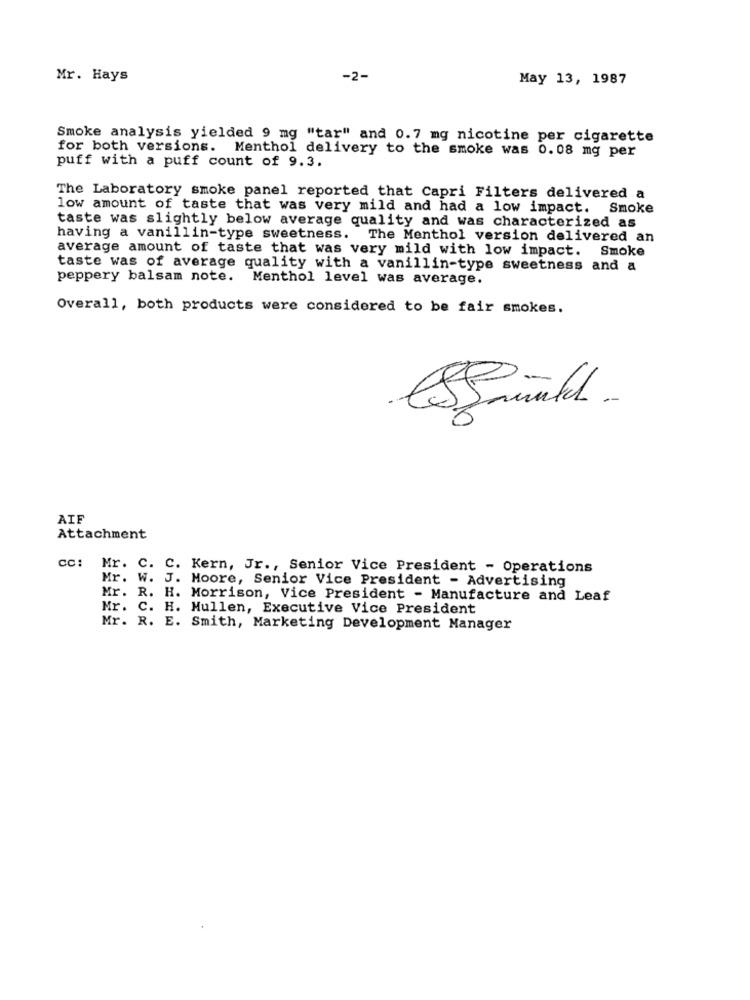
Mr. Hays
-2-
May 13, 1987
Smoke analysis yielded 9 mg "tar" and 0.7 mg nicotine per cigarette
for both versions. Menthol delivery to the smoke was 0.08 mg per
puff with a puff count of 9.3.
The Laboratory smoke panel reported that Capri Filters delivered a
low amount of taste that was very mild and had a low impact. Smoke
taste was slightly below average quality and was characterized as
having a vanillin-type sweetness. The Menthol version delivered an
average amount of taste that was very mild with low impact. Smoke
taste was of average quality with a vanillin-type sweetness and a
peppery balsam note. Menthol level was average.
Overall, both products were considered to be fair smokes.
Estainkl.
AIF
Attachment
CC:
Mr. C. C. Kern, Jr ., Senior Vice President - Operations
Mr. W. J. Moore, Senior Vice President - Advertising
Mr. R. H. Morrison, Vice President - Manufacture and Leaf
Mr. C. H. Mullen, Executive Vice President
Mr. R. E. Smith, Marketing Development Manager